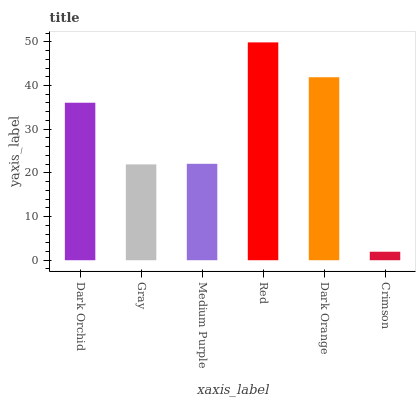
| xaxis_label | bars |
 | --- | --- |
 | Dark Orchid | 36.1 |
 | Gray | 21.9 |
 | Medium Purple | 22.1 |
 | Red | 49.9 |
 | Dark Orange | 41.9 |
 | Crimson | 1.94 |